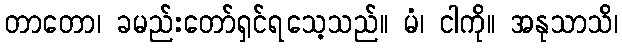
တာတော၊ ခမည်းတော်ရှင်ရသေ့သည်။ မံ၊ ငါကို။ အနုသာသိ၊